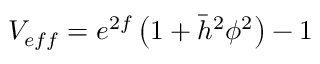
V _ { e f f } = e ^ { 2 f } \left( 1 + \bar { h } ^ { 2 } \phi ^ { 2 } \right) - 1